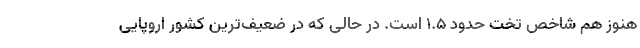
هنوز هم شاخص تخت حدود ۱.۵ است. در حالی که در ضعیف‌ترین کشور اروپایی